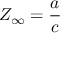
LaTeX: Z _ { \infty } = { \frac { a } { c } }